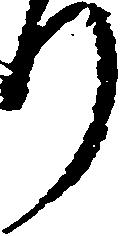
り